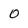
Character: o